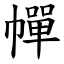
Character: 幝